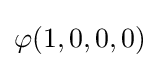
\varphi (1,0,0,0)